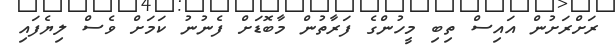
ރަށްރަށުން އައިސް ތިބި މީހުންގެ ފަރާތުން މާބޮޑަށް ފެނުނު ކަމަށް ވެސް ލިޔެފައި